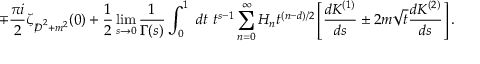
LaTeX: \mp \frac { \pi i } { 2 } \zeta _ { { D \! \! \! \! / } ^ { ~ 2 } + m ^ { 2 } } ( 0 ) + \frac { 1 } { 2 } \operatorname * { l i m } _ { s \to 0 } \frac { 1 } { \Gamma ( s ) } \int _ { 0 } ^ { 1 } ~ d t ~ t ^ { s - 1 } \sum _ { n = 0 } ^ { \infty } H _ { n } t ^ { { ( n - d ) } / { 2 } } \left[ \frac { d K ^ { ( 1 ) } } { d s } \pm 2 m \sqrt { t } \frac { d K ^ { ( 2 ) } } { d s } \right] .